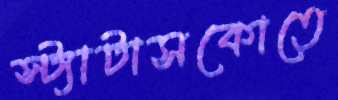
স্ট্যাটাসকোতে